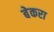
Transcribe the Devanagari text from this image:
बेकरा